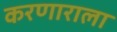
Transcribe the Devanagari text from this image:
करणाराला